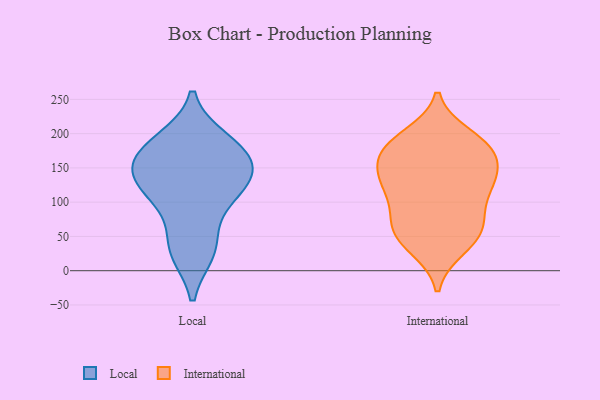
{"axis": {"x": "Satisfaction Score", "y": "Value"}, "legend": ["International", "Local"], "data": [{"x": "", "y": 167, "type": "Local"}, {"x": "", "y": 181, "type": "Local"}, {"x": "", "y": 28, "type": "Local"}, {"x": "", "y": 35, "type": "Local"}, {"x": "", "y": 190, "type": "Local"}, {"x": "", "y": 155, "type": "Local"}, {"x": "", "y": 120, "type": "Local"}, {"x": "", "y": 95, "type": "Local"}, {"x": "", "y": 139, "type": "Local"}, {"x": "", "y": 129, "type": "Local"}, {"x": "", "y": 141, "type": "International"}, {"x": "", "y": 197, "type": "International"}, {"x": "", "y": 122, "type": "International"}, {"x": "", "y": 145, "type": "International"}, {"x": "", "y": 33, "type": "International"}, {"x": "", "y": 87, "type": "International"}, {"x": "", "y": 112, "type": "International"}, {"x": "", "y": 57, "type": "International"}, {"x": "", "y": 181, "type": "International"}, {"x": "", "y": 188, "type": "International"}, {"x": "", "y": 171, "type": "International"}, {"x": "", "y": 183, "type": "International"}, {"x": "", "y": 58, "type": "International"}, {"x": "", "y": 68, "type": "International"}, {"x": "", "y": 115, "type": "International"}, {"x": "", "y": 133, "type": "International"}, {"x": "", "y": 147, "type": "International"}, {"x": "", "y": 36, "type": "International"}, {"x": "", "y": 64, "type": "International"}, {"x": "", "y": 176, "type": "International"}]}